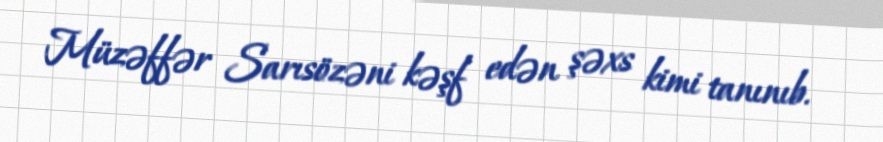
Müzəffər Sarısözəni kəşf edən şəxs kimi tanınıb.